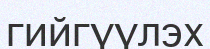
гийгүүлэх